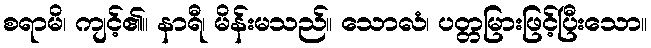
စရာမိ၊ ကျင့်၏။ နာရီ၊ မိန်းမသည်။ သောလံ၊ ပတ္တမြားဖြင့်ပြီးသော။